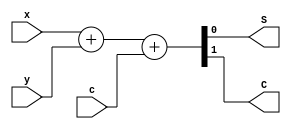
/****************************************
* Title   : full_addder.v
* Purpose : Add two bits with a carry
*****************************************/

`timescale 1ns/1ps

module full_adder ( output S, C,
					input x, y, c);

	assign {C, S} = x + y + c;

endmodule